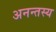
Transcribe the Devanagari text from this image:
अनन्तस्य